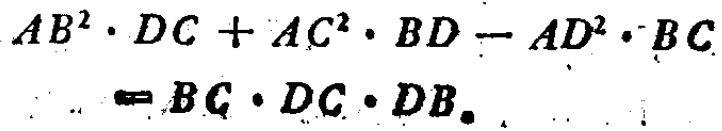
\[

AB^{2}\cdot DC + AC^{2}\cdot BD - AD^{2}\cdot BC=BC\cdot DC\cdot DB

\]